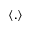
\langle . \rangle